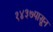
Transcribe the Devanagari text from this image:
१४३७पासून